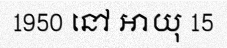
1950 នៅ អាយុ 15